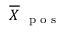
\overline { { \boldsymbol X } } _ { \mathrm { ~ \scriptsize ~ p ~ o ~ s ~ } }